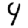
Digit: 4